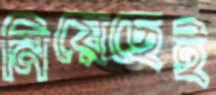
নিয়েছেই